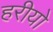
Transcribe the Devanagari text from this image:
हरीयो